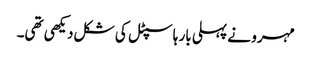
مہرو نے پہلی بار ہاسپٹل کی شکل دیکھی تھی۔